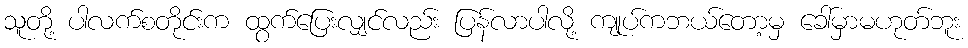
သူတို့ ပါလက်စတိုင်းက ထွက်ပြေးလျှင်လည်း ပြန်လာပါလို့ ကျုပ်ကဘယ်တော့မှ ခေါ်မှာမဟုတ်ဘူး